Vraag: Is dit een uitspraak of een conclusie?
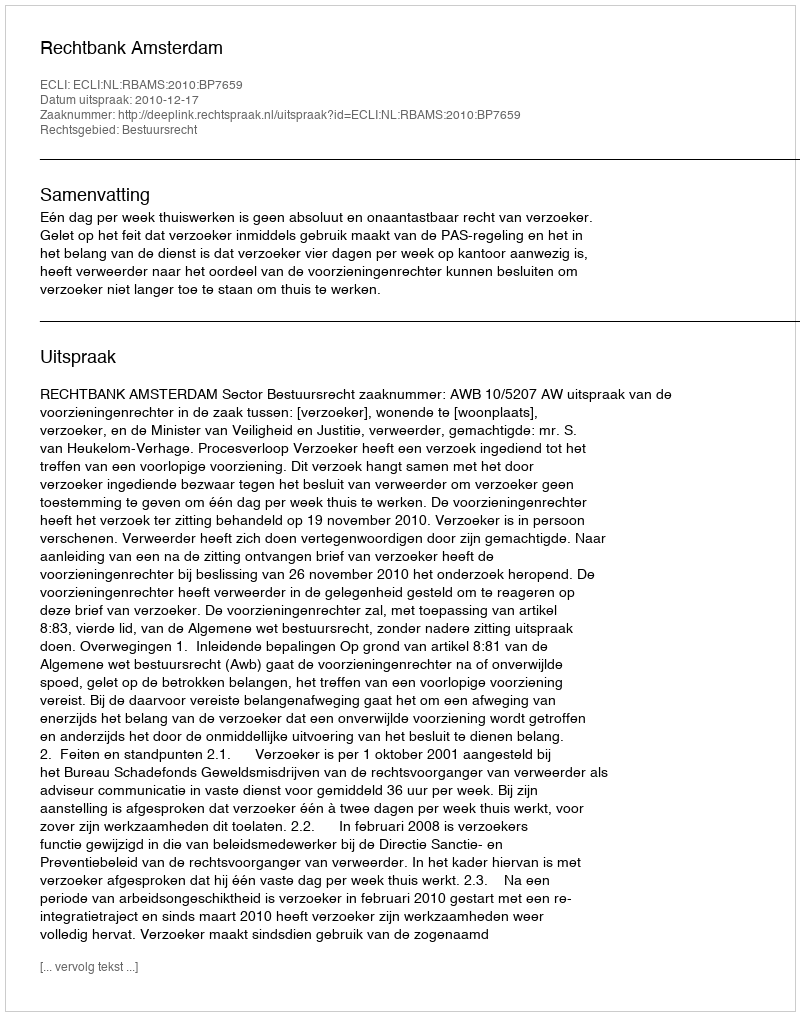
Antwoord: Uitspraak